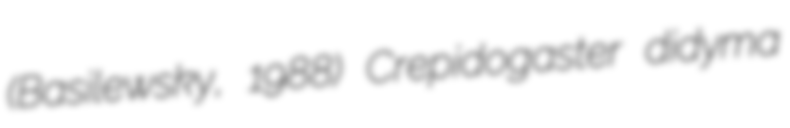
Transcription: (Basilewsky, 1988) Crepidogaster didyma